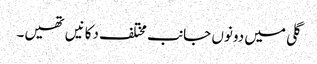
گلی میں دونوں جانب مختلف دکانیں تھیں۔